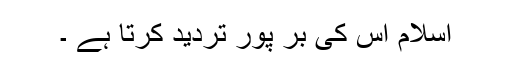
اسلام اس کی بر پور تردید کرتا ہے ۔